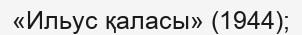
«Ильус қаласы» (1944);